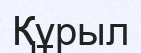
Құрыл